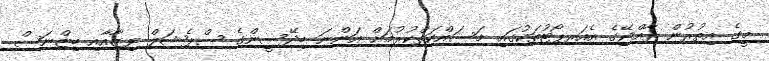
މީގެ އިތުރުން ރާއްޖޭގެ އެއަރޕޯޓުތަކުގައި މަސައްކަތްކުރުމަށް އަންނަ ބިދޭސީންގެ ސްޕެޝަލް ވިޒާއާއި ބިޒްނަސް